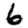
Digit: 6